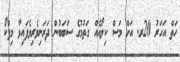
ހަތް އަަހަރު 20ރ. އަށް މަސް ކިލޯއެއް ގަތުމުގެ ސަބަބުން ދަރަނިވެރިވެފައިވާ މިފްކޯ